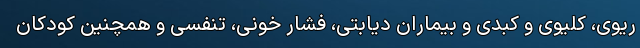
ریوی، کلیوی و کبدی و بیماران دیابتی، فشار خونی، تنفسی و همچنین کودکان